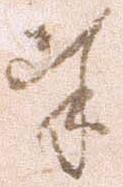
奉